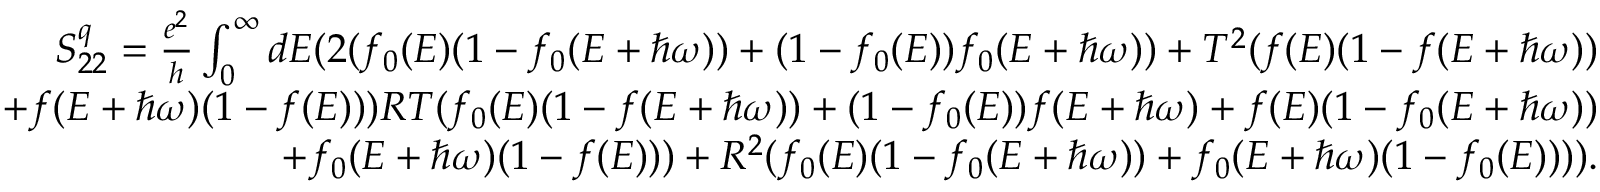
\begin{array} { r } { S _ { 2 2 } ^ { q } = \frac { e ^ { 2 } } { h } \int _ { 0 } ^ { \infty } d E ( 2 ( f _ { 0 } ( E ) ( 1 - f _ { 0 } ( E + \hbar \omega ) ) + ( 1 - f _ { 0 } ( E ) ) f _ { 0 } ( E + \hbar \omega ) ) + T ^ { 2 } ( f ( E ) ( 1 - f ( E + \hbar \omega ) ) } \\ { + f ( E + \hbar \omega ) ( 1 - f ( E ) ) ) R T ( f _ { 0 } ( E ) ( 1 - f ( E + \hbar \omega ) ) + ( 1 - f _ { 0 } ( E ) ) f ( E + \hbar \omega ) + f ( E ) ( 1 - f _ { 0 } ( E + \hbar \omega ) ) } \\ { + f _ { 0 } ( E + \hbar \omega ) ( 1 - f ( E ) ) ) + R ^ { 2 } ( f _ { 0 } ( E ) ( 1 - f _ { 0 } ( E + \hbar \omega ) ) + f _ { 0 } ( E + \hbar \omega ) ( 1 - f _ { 0 } ( E ) ) ) ) . } \end{array}